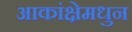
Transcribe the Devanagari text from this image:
आकांक्षेमधुन